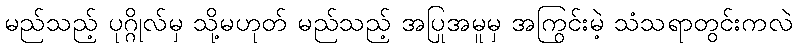
မည်သည့် ပုဂ္ဂိုလ်မှ သို့မဟုတ် မည်သည့် အပြုအမူမှ အကြွင်းမဲ့ သံသရာတွင်းကလဲ